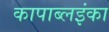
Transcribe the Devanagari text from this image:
कापाब्लइंका